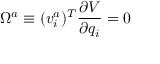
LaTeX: \Omega ^ { a } \equiv ( v _ { i } ^ { a } ) ^ { T } { \frac { \partial V } { \partial q _ { i } } } = 0